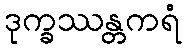
ဒုက္ခဿန္တကရံ